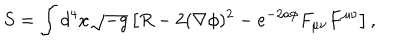
S = \int d ^ { 4 } x \sqrt { - g } \left[ R - 2 ( \nabla \phi ) ^ { 2 } - e ^ { - 2 a \phi } F _ { \mu \nu } F ^ { \mu \nu } \right] ,